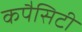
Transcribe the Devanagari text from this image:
कपैसिटी